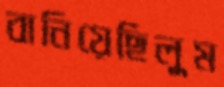
বানিয়েছিলুম